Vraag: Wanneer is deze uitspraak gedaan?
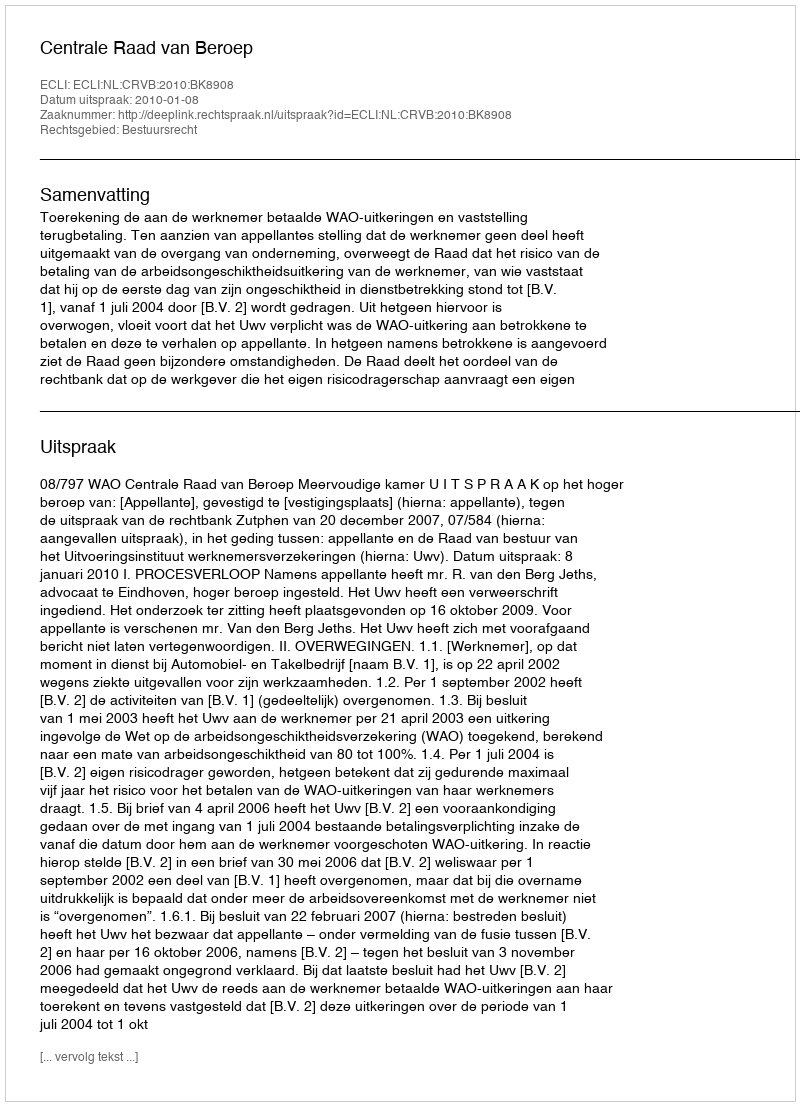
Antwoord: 2010-01-08